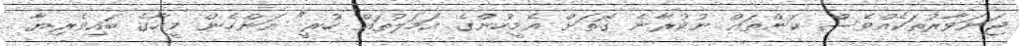
ޖަނަވާރުތަކެއްވެސް ކަންތައް ނުކުރާނެ ގޮތަށް އެމީހުންގެ އަމަލުތައް ހުރީ" އަންހެން މީހާގެ ބައިވެރިޔާ